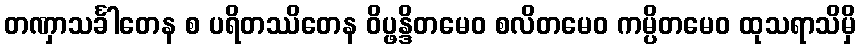
တဏှာသင်္ခါတေန စ ပရိတဿိတေန ဝိပ္ဖန္ဒိတမေဝ စလိတမေဝ ကမ္ပိတမေဝ ထုသရာသိမှိ